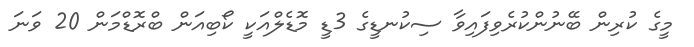
މީގެ ކުރިން ބޭނުންކުރެވިފައިވާ ސިކުނޑީގެ 3ޑީ މޮޑެލްއަކީ ކޯބިއަން ބްރޮޑްމަން 20 ވަނަ